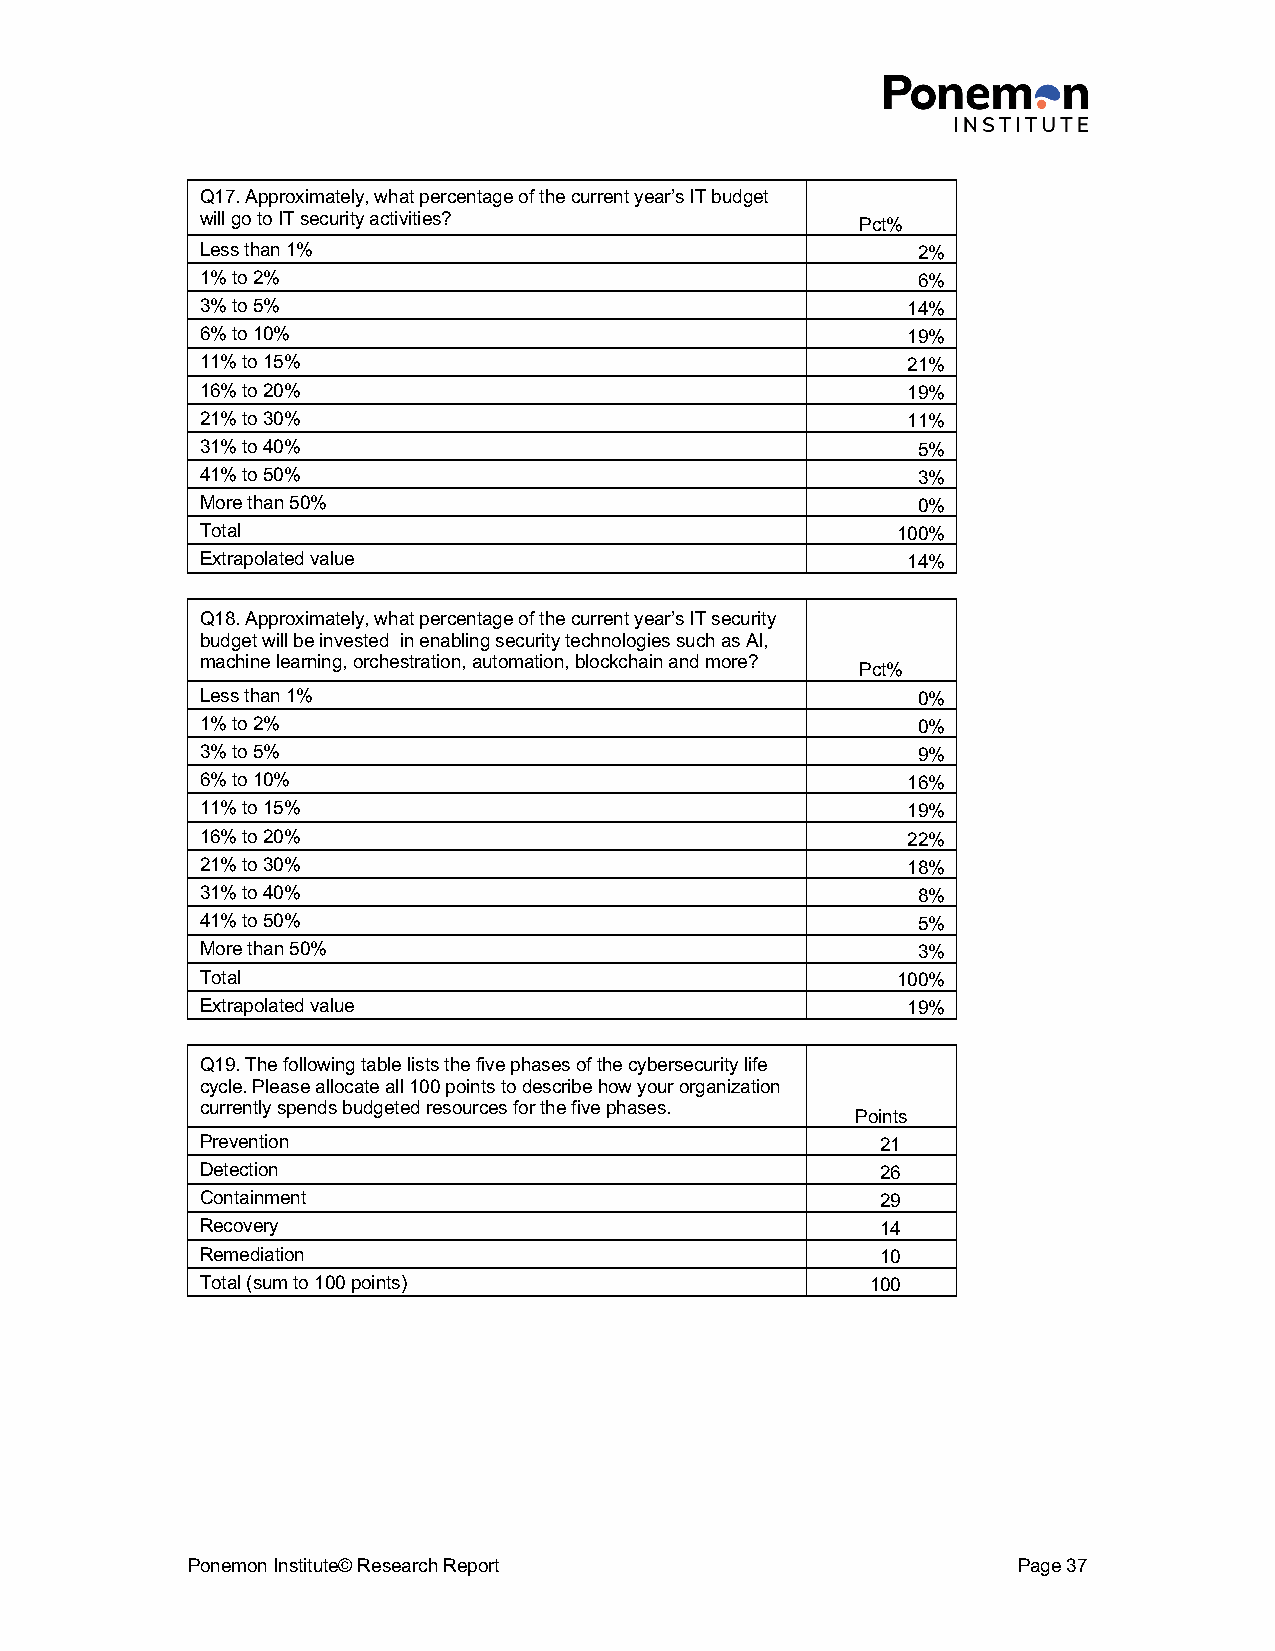
Q17. Approximately, what percentage of the current year’s IT budget
 will go to IT security activities?          Pct%
 Less than 1%                                    2%
 1% to 2%                                        6%
 3% to 5%                                       14%
 6% to 10%                                      19%
 11% to 15%                                     21%
 16% to 20%                                     19%
 21% to 30%                                     11%
 31% to 40%                                      5%
 41% to 50%                                      3%
 More than 50%                                   0%
 Total                                         100%
 Extrapolated value                             14%
 Q18. Approximately, what percentage of the current year’s IT security
 budget will be invested in enabling security technologies such as AI,
 machine learning, orchestration, automation, blockchain and more?
 Pct%
 Less than 1%                                    0%
 1% to 2%                                        0%
 3% to 5%                                        9%
 6% to 10%                                      16%
 11% to 15%                                     19%
 16% to 20%                                     22%
 21% to 30%                                     18%
 31% to 40%                                      8%
 41% to 50%                                      5%
 More than 50%                                   3%
 Total                                         100%
 Extrapolated value                             19%
 Q19. The following table lists the five phases of the cybersecurity life
 cycle. Please allocate all 100 points to describe how your organization
 currently spends budgeted resources for the five phases.
 Points
 Prevention                                   21
 Detection                                    26
 Containment                                  29
 Recovery                                     14
 Remediation                                  10
 Total (sum to 100 points)                    100
 Ponemon Institute© Research Report                     Page 37